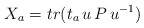
\begin{align*}X_{a}=tr(t_{a}\,u\,P\,u^{-1})\end{align*}